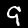
Digit: 9